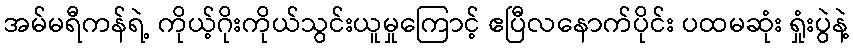
အမ်မရီကန်ရဲ့ ကိုယ့်ဂိုးကိုယ်သွင်းယူမှုကြောင့် ဧပြီလနောက်ပိုင်း ပထမဆုံး ရှုံးပွဲနဲ့